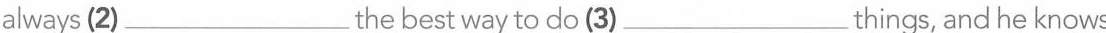
always (2)___the best way to do (3)___things, and he knows